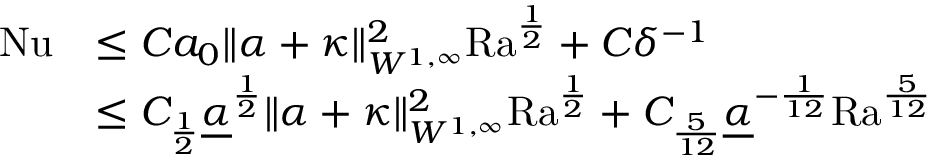
\begin{array} { r l } { \mathrm { { N u } } } & { \leq C a _ { 0 } \| \alpha + \kappa \| _ { W ^ { 1 , \infty } } ^ { 2 } { \mathrm { R a } } ^ { \frac { 1 } { 2 } } + C \delta ^ { - 1 } } \\ & { \leq C _ { \frac { 1 } { 2 } } \underline { { \alpha } } ^ { \frac { 1 } { 2 } } \| \alpha + \kappa \| _ { W ^ { 1 , \infty } } ^ { 2 } \mathrm { { R a } } ^ { \frac { 1 } { 2 } } + C _ { \frac { 5 } { 1 2 } } \underline { { \alpha } } ^ { - \frac { 1 } { 1 2 } } { \mathrm { R a } } ^ { \frac { 5 } { 1 2 } } } \end{array}